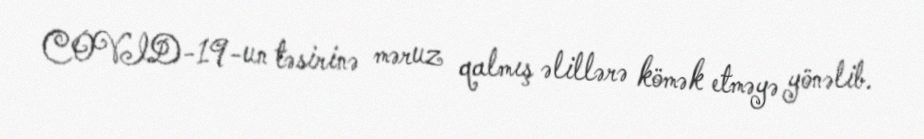
COVID-19-un təsirinə məruz qalmış əlillərə kömək etməyə yönəlib.